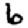
Digit: 6